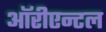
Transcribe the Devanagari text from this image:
ऑरीएन्टल